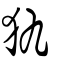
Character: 犰